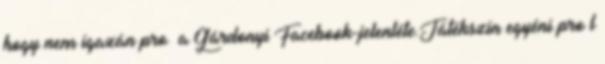
hogy nem igazán proﬁ a Gárdonyi Facebook-jelenléte.Játékszín egyéni proﬁl